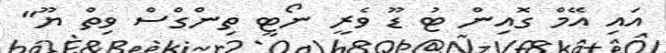
އައި އޭމް ގޮއިން ޓު ޑޫ ވެރީ ނޯޓީ ތިންގްސް ވިތް ޔޫ"